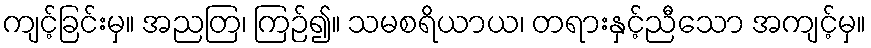
ကျင့်ခြင်းမှ။ အညတြ၊ ကြဉ်၍။ သမစရိယာယ၊ တရားနှင့်ညီသော အကျင့်မှ။